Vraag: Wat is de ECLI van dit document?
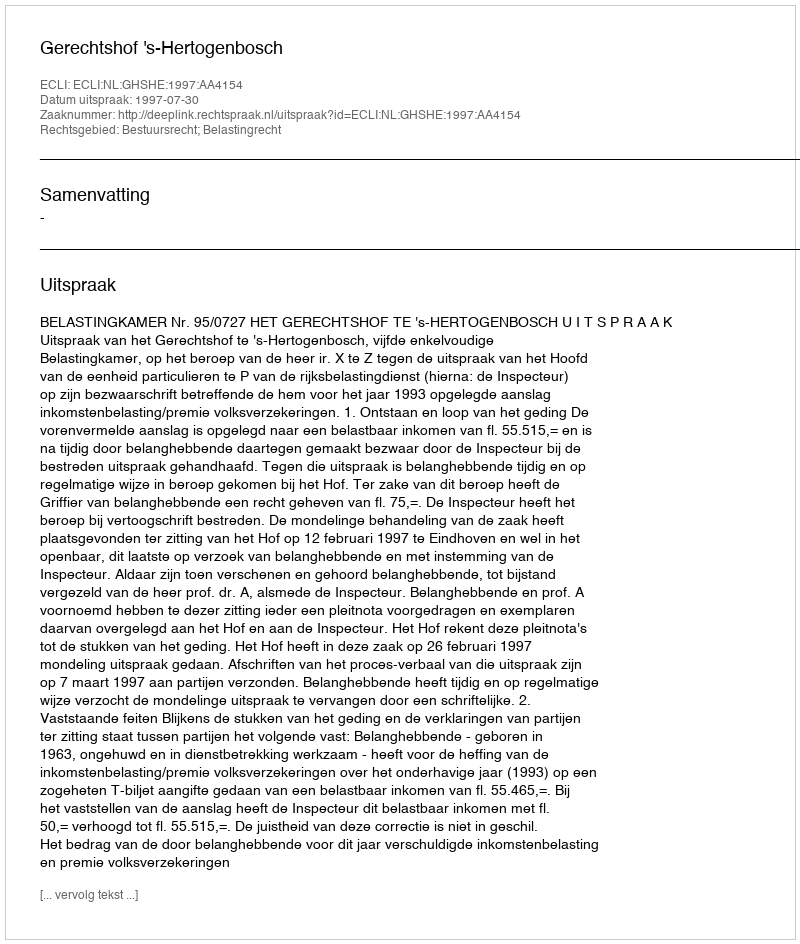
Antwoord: ECLI:NL:GHSHE:1997:AA4154